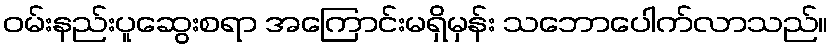
ဝမ်းနည်းပူဆွေးစရာ အကြောင်းမရှိမှန်း သဘောပေါက်လာသည်။